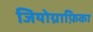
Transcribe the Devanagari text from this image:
जियोग्राफ़िका